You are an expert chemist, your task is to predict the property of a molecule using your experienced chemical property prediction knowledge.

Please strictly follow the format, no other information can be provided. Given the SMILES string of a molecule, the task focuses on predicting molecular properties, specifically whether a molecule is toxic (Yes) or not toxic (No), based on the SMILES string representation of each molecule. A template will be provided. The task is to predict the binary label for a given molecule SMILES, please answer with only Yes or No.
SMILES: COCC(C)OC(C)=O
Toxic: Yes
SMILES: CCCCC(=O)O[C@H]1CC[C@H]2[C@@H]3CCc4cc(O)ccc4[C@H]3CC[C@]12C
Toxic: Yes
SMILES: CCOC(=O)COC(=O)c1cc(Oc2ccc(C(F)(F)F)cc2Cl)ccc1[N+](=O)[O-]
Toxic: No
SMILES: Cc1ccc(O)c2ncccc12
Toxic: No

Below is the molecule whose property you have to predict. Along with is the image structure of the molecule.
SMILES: CCOC(=O)CC(=O)c1ccccc1
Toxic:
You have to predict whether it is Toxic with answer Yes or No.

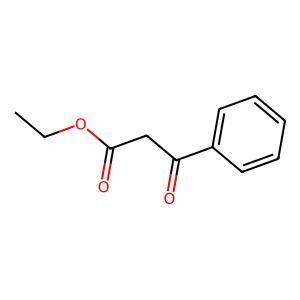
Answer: No